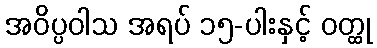
အဝိပ္ပဝါသ အရပ် ၁၅-ပါးနှင့် ဝတ္ထု